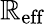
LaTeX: \mathbb{R}_{\mathrm{{eff}}}